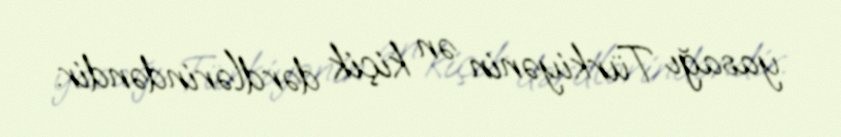
yasağı Türkiyənin ən kiçik dərdlərindəndir.